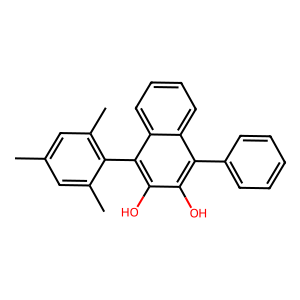
SMILES: Cc1cc(C)c(-c2c(O)c(O)c(-c3ccccc3)c3ccccc23)c(C)c1
Inhibits HIV replication: No